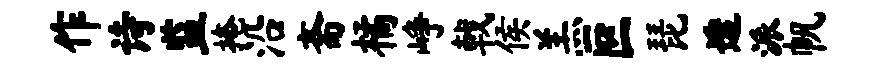
作诗监掩沿斋橘峥戟侯羔叵琵透派帆